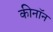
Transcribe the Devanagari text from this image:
कीनॉन